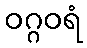
ဝဂ္ဂဝရံ